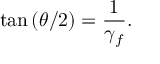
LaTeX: \tan { ( \theta / 2 ) } = \frac { 1 } { \gamma _ { f } } .